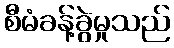
စီမံခန့်ခွဲမှုသည်